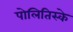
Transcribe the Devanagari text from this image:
पोलितिस्के